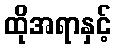
ထိုအရာနှင့်